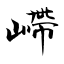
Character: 嵽